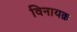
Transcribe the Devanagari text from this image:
विनायक़